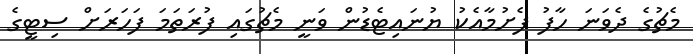
މެޗުގެ ދެވަނަ ހާފު ފެށުމާއެކު ޔުނައިޓެޑުން ވަނީ މެޗުގައި ފުރަތަމަ ފަހަރަށް ސިޓީގެ